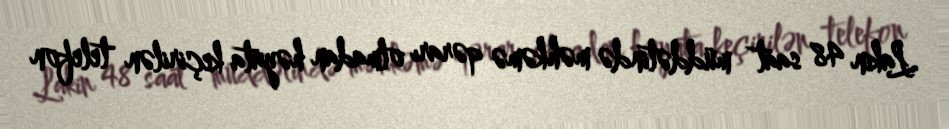
Lakin 48 saat müddətində məhkəmə qərarı olmadan həyata keçirilən telefon